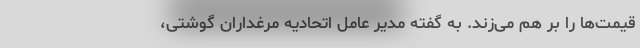
قیمت‌ها را بر هم می‌زند. به گفته مدیر عامل اتحادیه مرغداران گوشتی،